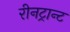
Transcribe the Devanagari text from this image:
रीनट्रान्ट